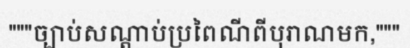
"""ច្បាប់សណ្តាប់ប្រពៃណីពីបុរាណមក,"""